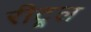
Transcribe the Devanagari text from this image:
रीटूल